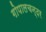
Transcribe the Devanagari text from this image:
गोपालचन्दर